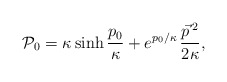
\begin{align*} {\cal P}_{0} = \kappa \sinh\frac{p_0}\kappa + e^{p_0/\kappa}\, \frac{\vec{p}\, {}^2}{2\kappa},\end{align*}